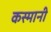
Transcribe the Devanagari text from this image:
कस्मानी